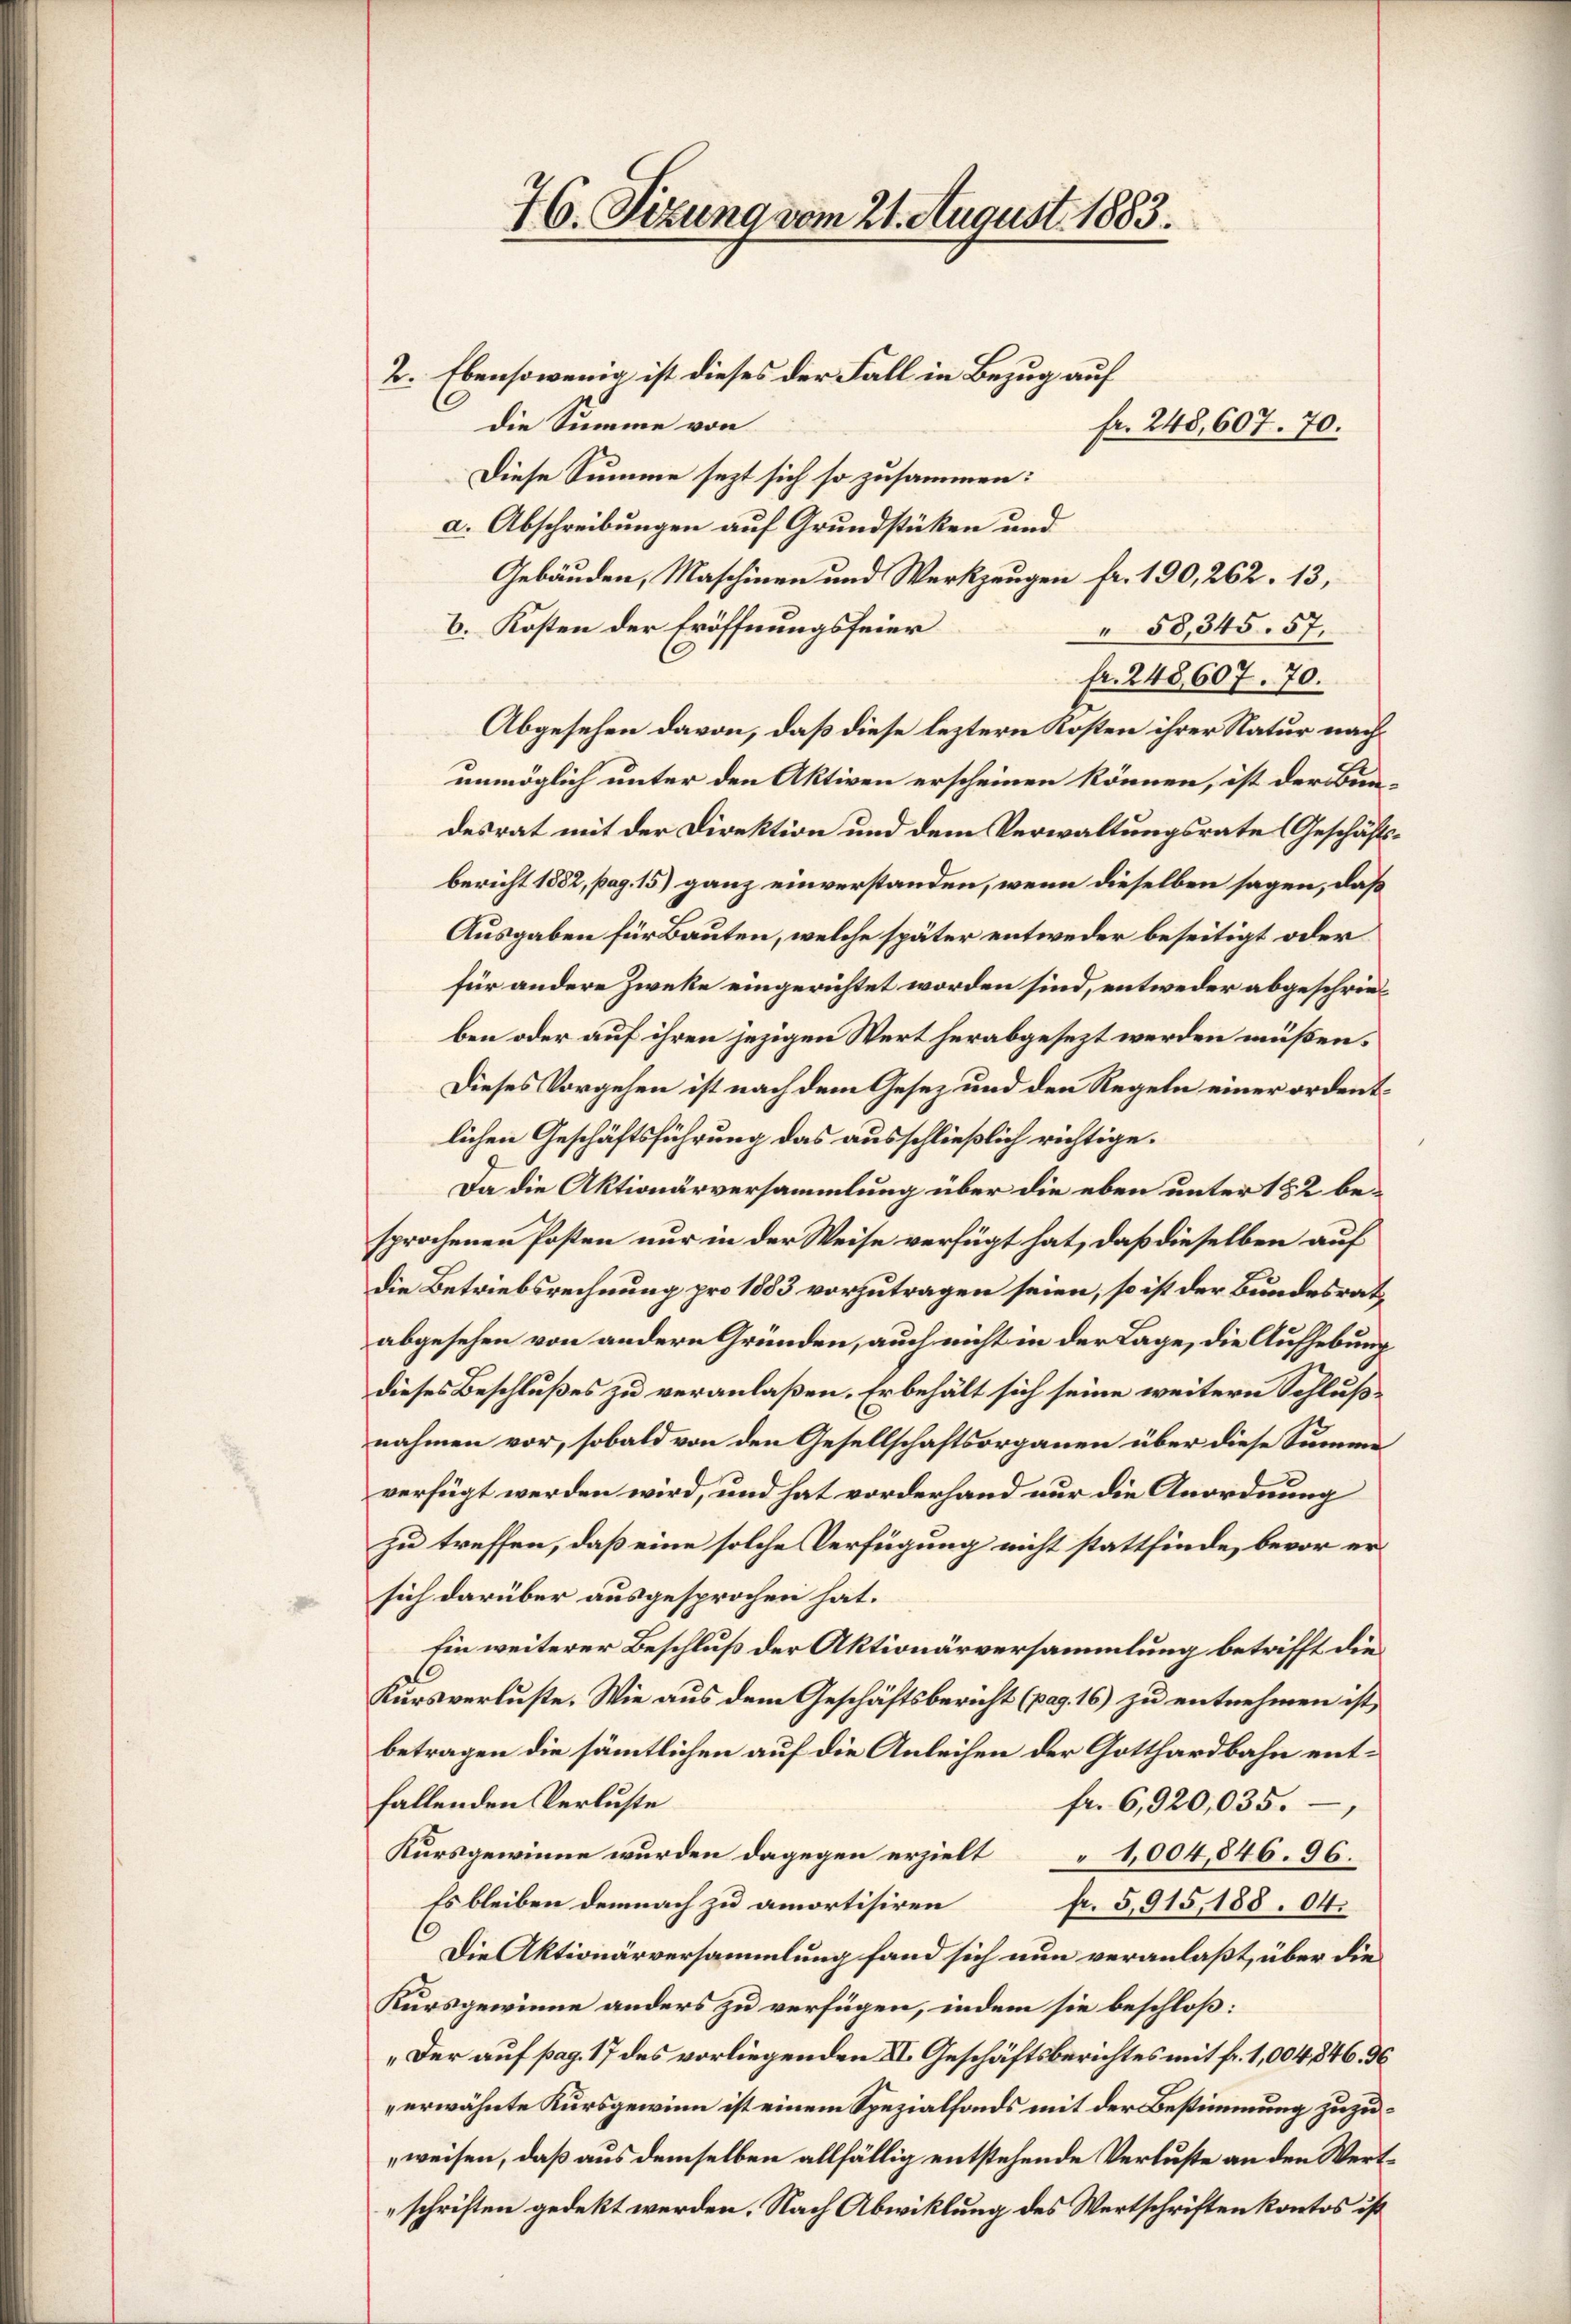
76. Sizung vom 21. August 1883.

2. Ebensowenig ist dieses der Fall in Bezug auf
die Summe von
Diese Summe sezt sich so zusammen:
a. Abschreibungen auf Grundstüken und
Gebäuden, Maschinen und Werkzeugen fr. 190, 262. 13,
b. Kosten der Eröffnungsfeier
58,345. 57.
fr. 248607. 70.
Abgesehen davon, daß diese leztern Kosten ihrer Natur nachunmöglich unter den Aktiven erscheinen können, ist der Bundesrat mit der Direktion und dem Verwaltungsrate (Geschäftsbericht 1882, pag. 15) ganz einverstanden, wenn dieselben sagen, daß
Ausgaben für Bauten, welche später entweder beseitigt oder
für andere Zweke eingerichtet worden sind, entweder abgeschrieben oder auf ihren jezigen Wert herabgesezt werden müßen.
Dieses Vorgehen ist nach dem Gesetz und den Regeln einer ordentlichen Geschäftsführung das ausschließlich richtige.
Da die Aktionärversammlung über die eben unter 182 besprochenen Posten nur in der Weise verfügt hat, daß dieselben auf
die Betriebsrechnung pro 1883 vorzutragen seien, so ist der Bundesrath
abgesehen von andern Gründen, auch nicht in der Lage, die Aufhebung
dieses Beschlußes zu veranlaßen. Er behält sich seine weitern Schlußnahmen vor, sobald von den Gesellschaftsorganen über diese Summe
verfügt werden wird, und hat vorderhand nur die Anordnung
zu treffen, daß eine solche Verfügung nicht stattfinde, bevor ersich darüber ausgesprochen hat.
Ein weiterer Beschluß der Aktionärversammlung betrifft die
Kursverluste. Wie aus dem Geschäftsbericht (pag. 16) zu entnehmen ist,
betragen die sämmtlichen auf die Anleihen der Gotthardbahn entfallenden Verluste
fr. 6,920,035.
Kursgewinne wurden dagegen erzielt 1004,846. 96.
Es bleiben demnach zu amortisiren
fr. 5,915, 188. 04.
Die Aktionärversammlung fand sich nun veranlaßt, über die
Kursgewinne anders zu verfügen, indem sie beschloß:
„Der auf pag. 17 des vorliegenden XI. Geschäftsberichtes mit fr. 1,004, 846. 36
erwähnte Kursgewinn ist einem Spezialfonds mit der Bestimmung zuzuweisen, daß aus demselben allfällig entstehende Verluste an den Wertschriften gedekt werden. Nach Abwicklung des Wertschriften kontos ist

fr. 248, 607. 70.